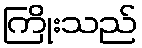
ကြိုးသည်